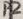
Text: P2